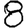
Digit: 8